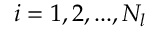
i = 1 , 2 , . . . , N _ { l }